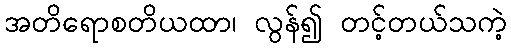
အတိရောစတိယထာ၊ လွန်၍ တင့်တယ်သကဲ့